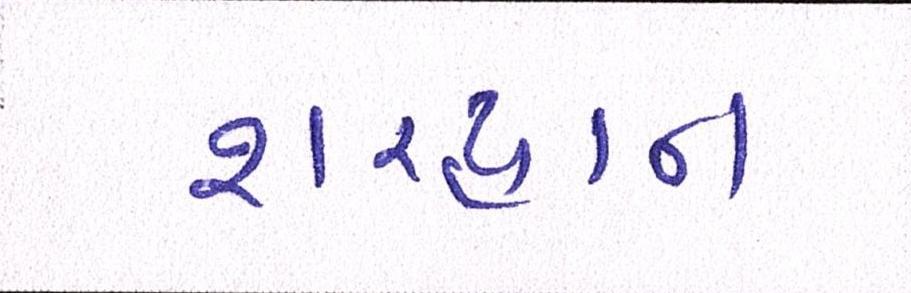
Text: શરદ્વાન